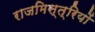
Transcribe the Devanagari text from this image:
राजमिस्त्रियों